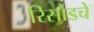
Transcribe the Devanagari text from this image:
रिसोडचे